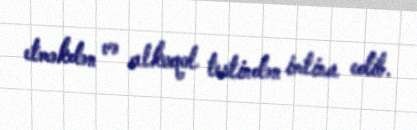
etməkdən və alkoqol testindən imtina edib.